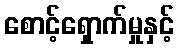
စောင့်ရှောက်မှုနှင့်